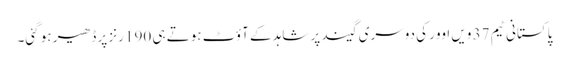
پاکستانی ٹیم 37 ویں اوور کی دوسری گیند پر شاہد کے آؤٹ ہوتے ہی 190 رنز پر ڈھیر ہو گئی۔